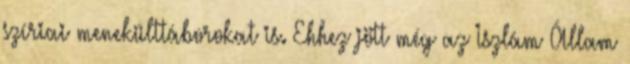
szíriai menekülttáborokat is. Ehhez jött még az Iszlám Állam